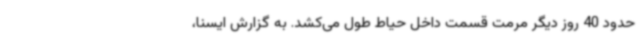
حدود 40 روز دیگر مرمت قسمت داخل حیاط طول می‌کشد. به گزارش ایسنا،